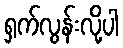
ရှက်လွန်းလို့ပါ